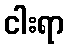
ငါးရာ